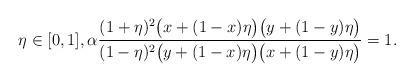
LaTeX: \begin{align*}\eta\in[0,1],\alpha\frac{(1+\eta)^2\big(x+(1-x)\eta\big)\big(y+(1-y)\eta\big)}{(1-\eta)^2\big(y+(1-x)\eta\big)\big(x+(1-y)\eta\big)}=1.\end{align*}